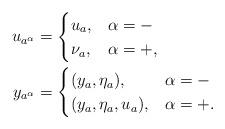
LaTeX: \begin{align*}u_{a^{\alpha}} &= \begin{cases}u_a, & \alpha = - \\ \nu_a, & \alpha = +,\end{cases} \\ y_{a^{\alpha}} &= \begin{cases}(y_a,\eta_a), & \alpha = - \\ (y_a,\eta_a,u_a), & \alpha = +.\end{cases}\end{align*}